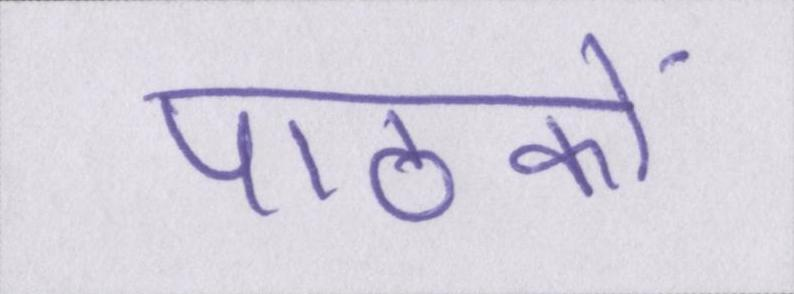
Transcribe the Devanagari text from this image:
पाठकों